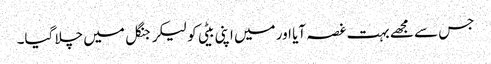
جس سے مجھے بہت غصہ آیا اور میں اپنی بیٹی کو لیکر جنگل میں چلا گیا۔